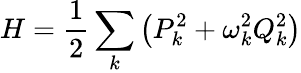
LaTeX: H=\frac{1}{2}\sum_{k}\left(P_{k}^{2}+\omega_{k}^{2}Q_{k}^{2}\right)